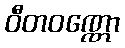
ဝီတဝဏ္ဏော